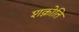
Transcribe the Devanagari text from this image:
शक्नोति